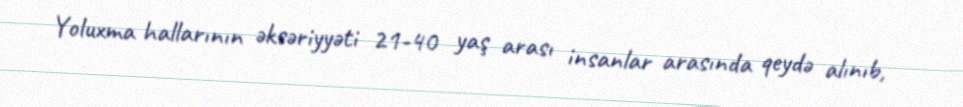
Yoluxma hallarının əksəriyyəti 21-40 yaş arası insanlar arasında qeydə alınıb,